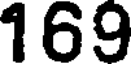
169